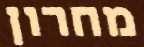
מחרון